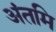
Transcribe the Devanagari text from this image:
अंतमि